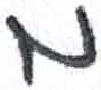
אות: מ